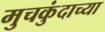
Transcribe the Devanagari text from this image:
मुचकुंदाच्या